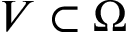
V \subset \Omega